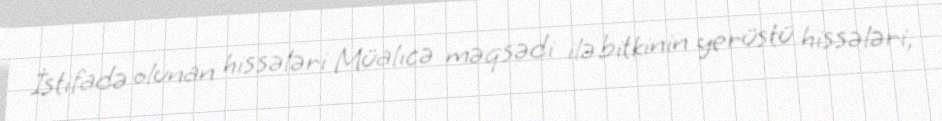
İstifadə olunan hissələri Müalıcə məqsədi ilə bitkinin yerüstü hissələri,